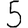
Digit: 5